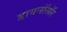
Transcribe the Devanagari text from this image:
डायनॉसॉर